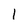
Character: 1